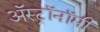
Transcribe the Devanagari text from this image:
अॅस्ट्रॉनॉमी